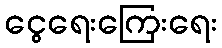
ငွေရေးကြေးရေး